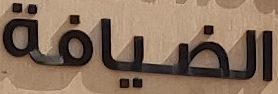
الضيافة